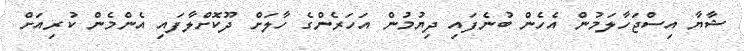
ޝާޔާ އިސްޖަހާލަމުން އެހެން ބުނެފައި ދިޔުމުން އަހަރެންގެ ހާލަށް ދޫކޮށްލާފައި އެންމެން ކުރިއަށް